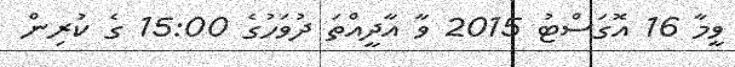
ވީމާ 16 އޮގަސްޓު 2015 ވާ އާދީއްތަ ދުވަހުގެ 15:00 ގެ ކުރިން